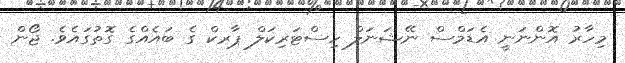
މިހާރު އޮންނަނީ އެޑަމްސް ނޭޝަނަލް ހިސްޓަރިކަލް ޕާރކް ގެ ބައެއްގެ ގޮތުގައެވެ. ޖޯން